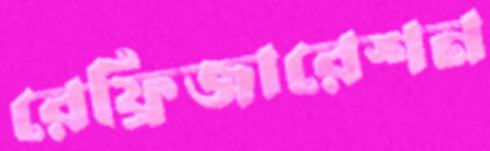
রেফ্রিজারেশন